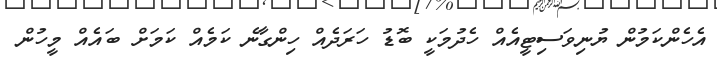
އެހެންކަމުން ޔުނިވަސިޓީއެއް ހެދުމަކީ ބޮޑު ހަރަދެއް ހިންގާނެ ކަމެއް ކަމަށް ބައެއް މީހުން